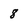
Character: 8